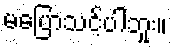
မပြောသင့်ပါဘူး။